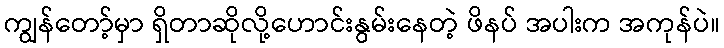
ကျွန်တော့်မှာ ရှိတာဆိုလို့ဟောင်းနွမ်းနေတဲ့ ဖိနပ် အပါးက အကုန်ပဲ။